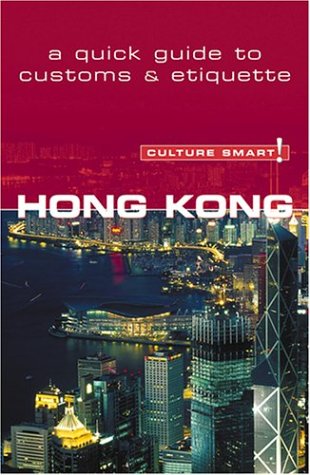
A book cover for Culture Smart! Hong Kong (Culture Smart! The Essential Guide to Customs & Culture); Clare Vickers; Travel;